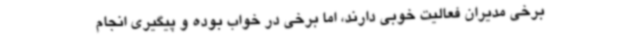
برخی مدیران فعالیت خوبی دارند، اما برخی در خواب بوده و پیگیری انجام